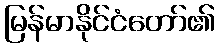
မြန်မာနိုင်ငံတော်၏